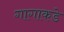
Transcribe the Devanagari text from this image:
गागाकडे